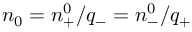
n _ { 0 } = n _ { + } ^ { 0 } / q _ { - } = n _ { - } ^ { 0 } / q _ { + }